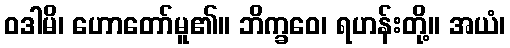
ဝဒါမိ၊ ဟောတော်မူ၏။ ဘိက္ခဝေ၊ ရဟန်းတို့။ အယံ၊